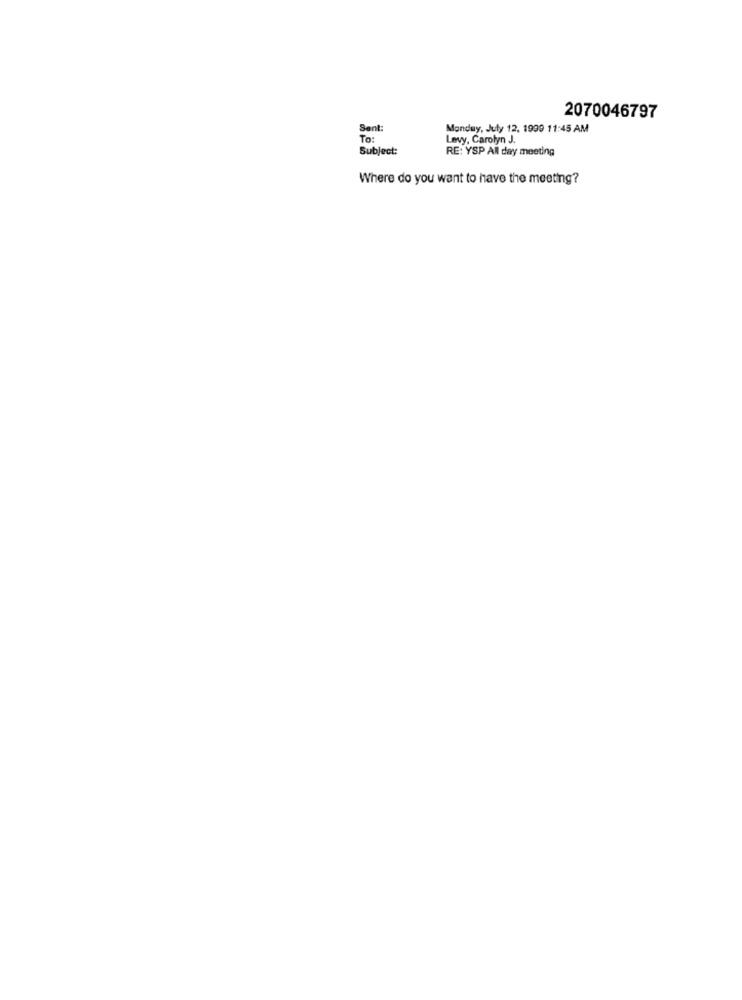
2070046797
Sent:
Monday, July 12. 1999 11:45 AM
To:
Levy, Carolyn J.
Subject:
RE: YSP All day meeting
Where do you want to have the meeting?